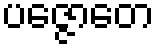
ပဇ္ဇောတေ